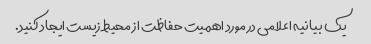
یک بیانیه اعلامی در مورد اهمیت حفاظت از محیط زیست ایجاد کنید.